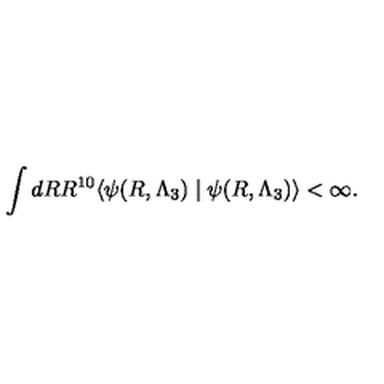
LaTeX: \int d R R ^ { 1 0 } \langle \psi ( R , \Lambda _ { 3 } ) \mid \psi ( R , \Lambda _ { 3 } ) \rangle < \infty .